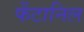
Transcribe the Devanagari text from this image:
फेंटानिल